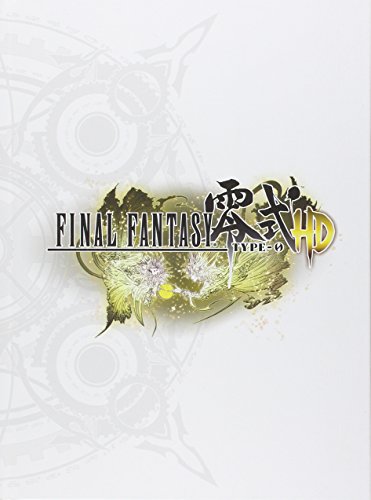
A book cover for Final Fantasy Type 0-HD: Prima Official Game Guide (Prima Official Game Guides); Garitt Rocha; Science Fiction & Fantasy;